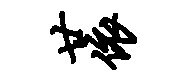
廿依